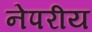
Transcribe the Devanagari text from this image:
नेपरीय